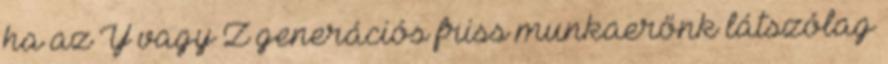
ha az Y vagy Z generációs friss munkaerőnk látszólag